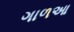
ગાળઆ